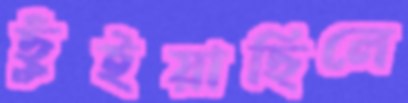
ছুঁইয়াছিলে